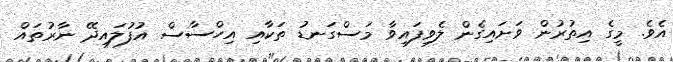
އެވެ. މީގެ އިތުރުން ވަށައިގެން ލެވިފައިވާ މަސްގަނޑު ތަކާއި އިހްސާސް އުފުލައިދޭ ނާރުތައް